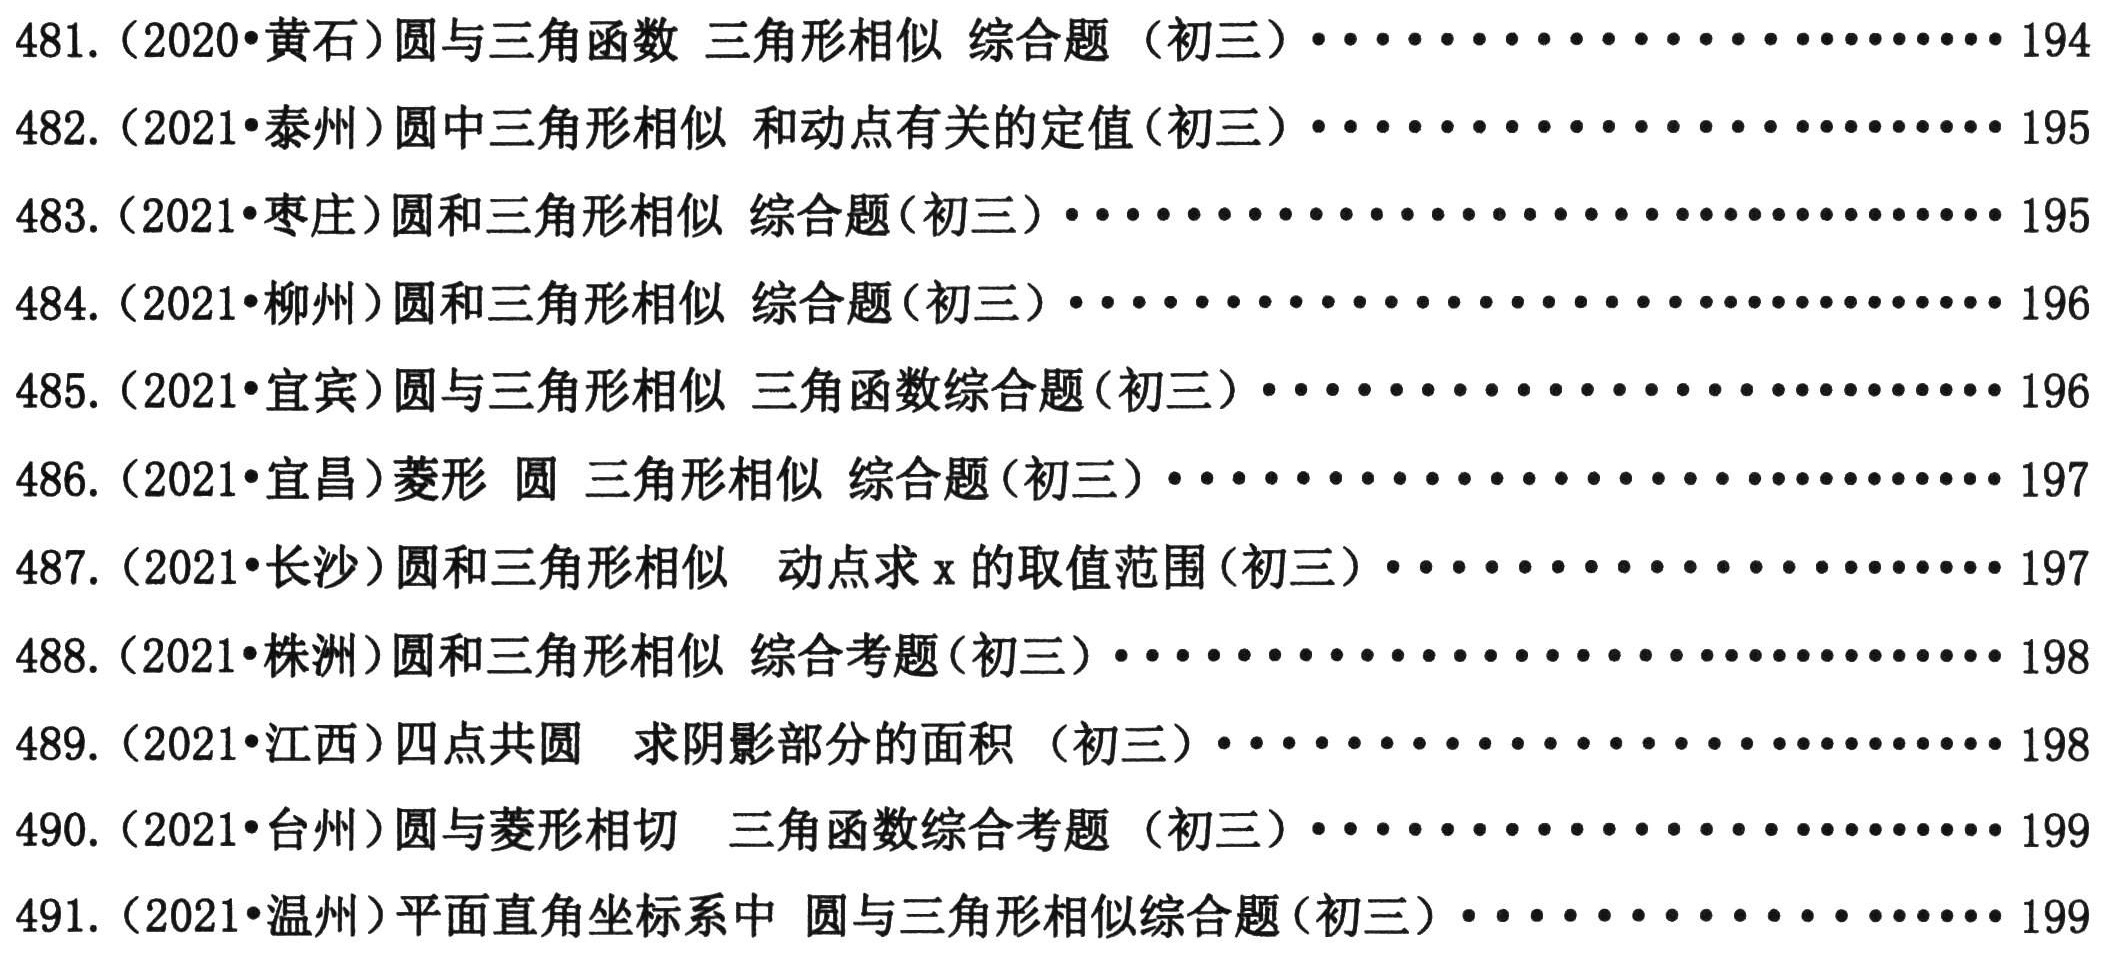
481.（2020•黄石）圆与三角函数 三角形相似 综合题（初三）.....................194
482.（2021•泰州）圆中三角形相似 和动点有关的定值(初三）.....................195
483.（2021•枣庄）圆和三角形相似 综合题(初三）...............................195
484.（2021•柳州）圆和三角形相似 综合题(初三）...............................196
485.（2021•宜宾）圆与三角形相似 三角函数综合题(初三）.....................196
486.（2021•宜昌）菱形 圆 三角形相似 综合题(初三）.....................197
487.（2021•长沙）圆和三角形相似 动点求\(x\)的取值范围(初三）.....................197
488.（2021•株洲）圆和三角形相似 综合考题(初三）...............................198
489.（2021•江西）四点共圆 求阴影部分的面积（初三）.....................198
490.（2021•台州）圆与菱形相切 三角函数综合考题（初三）.....................199
491.（2021•温州）平面直角坐标系中 圆与三角形相似综合题(初三）.....................199